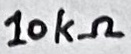
Text: 10kΩ